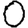
Digit: 0